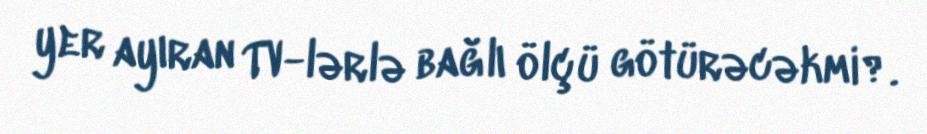
yer ayıran TV-lərlə bağlı ölçü götürəcəkmi?.